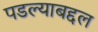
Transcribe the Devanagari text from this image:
पडल्याबद्दल